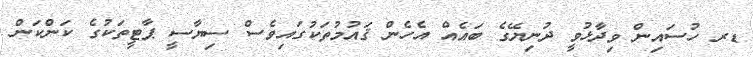
ޑރ ހުސައިން ވިދާޅުވީ ދުނިޔޭގެ ބައެއް އެހެން ޤައުމުތަކުގައިވެސް ސިޔާސީ ޕާޓީތަކުގެ ކަންކަން